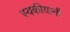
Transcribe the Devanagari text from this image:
स्वकीयांनी